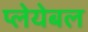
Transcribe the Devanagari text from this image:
प्लेयेबल